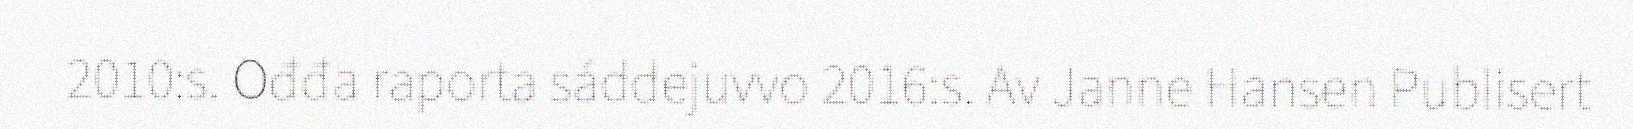
2010:s. Ođđa raporta sáddejuvvo 2016:s. Av Janne Hansen Publisert